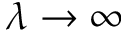
\lambda \to \infty